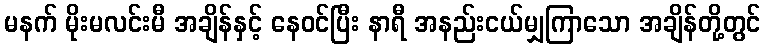
မနက် မိုးမလင်းမီ အချိန်နှင့် နေဝင်ပြီး နာရီ အနည်းငယ်မျှကြာသော အချိန်တို့တွင်